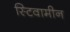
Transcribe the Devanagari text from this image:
स्टिवामीन